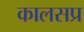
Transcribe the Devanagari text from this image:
कालसप्र